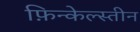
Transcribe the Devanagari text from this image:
फ़िन्केल्स्तीन